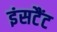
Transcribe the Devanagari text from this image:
इंसटैंट